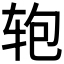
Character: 𰺂